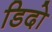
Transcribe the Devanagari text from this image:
डिदो